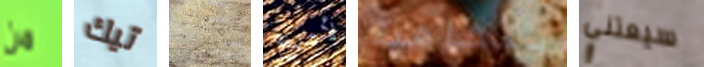
من تيك بوظيفتك لأضع بمشاهدة سيعتني